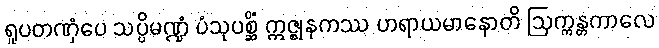
ရူပတဏှံပေ သပ္ပိမဏ္ဍံ ပံသုပစ္ဆိံ ဣဇ္ဈနကဿ ဟရာယမာနောတိ ဩက္ကန္တကာလေ